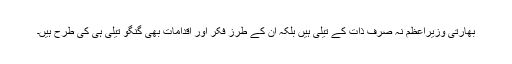
بھارتی وزیرِاعظم نہ صرف ذات کے تیلی ہیں بلکہ ان کے طرزِ فکر اور اقدامات بھی گنگو تیلی ہی کی طرح ہیں۔